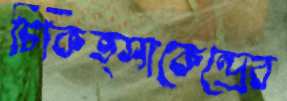
চিকিত্সাকেন্দ্রের